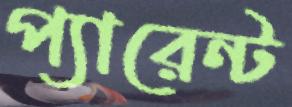
প্যারেন্ট